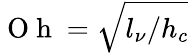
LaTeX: \mathrm{~O~h~}=\sqrt{l_{\nu}/h_{c}}